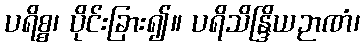
ပရိစ္စ၊ ပိုင်းခြား၍။ ပရိသိန္ဒြိယဉာဏံ၊